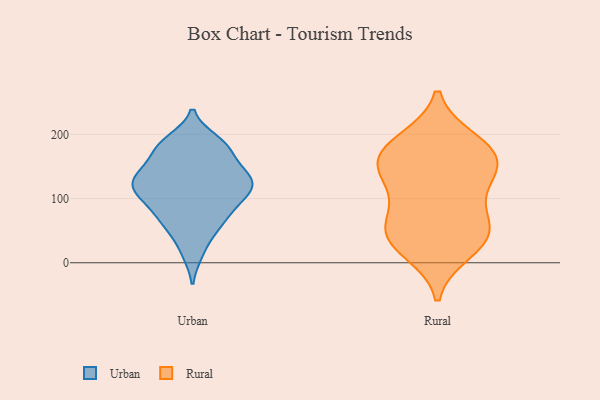
{"axis": {"x": "Satisfaction Score", "y": "Value"}, "legend": ["Rural", "Urban"], "data": [{"x": "", "y": 172, "type": "Urban"}, {"x": "", "y": 122, "type": "Urban"}, {"x": "", "y": 67, "type": "Urban"}, {"x": "", "y": 142, "type": "Urban"}, {"x": "", "y": 191, "type": "Urban"}, {"x": "", "y": 134, "type": "Urban"}, {"x": "", "y": 178, "type": "Urban"}, {"x": "", "y": 15, "type": "Urban"}, {"x": "", "y": 186, "type": "Urban"}, {"x": "", "y": 125, "type": "Urban"}, {"x": "", "y": 98, "type": "Urban"}, {"x": "", "y": 125, "type": "Urban"}, {"x": "", "y": 149, "type": "Urban"}, {"x": "", "y": 95, "type": "Urban"}, {"x": "", "y": 50, "type": "Urban"}, {"x": "", "y": 64, "type": "Urban"}, {"x": "", "y": 96, "type": "Urban"}, {"x": "", "y": 117, "type": "Urban"}, {"x": "", "y": 52, "type": "Rural"}, {"x": "", "y": 149, "type": "Rural"}, {"x": "", "y": 19, "type": "Rural"}, {"x": "", "y": 43, "type": "Rural"}, {"x": "", "y": 189, "type": "Rural"}, {"x": "", "y": 147, "type": "Rural"}, {"x": "", "y": 120, "type": "Rural"}, {"x": "", "y": 92, "type": "Rural"}, {"x": "", "y": 156, "type": "Rural"}, {"x": "", "y": 39, "type": "Rural"}, {"x": "", "y": 51, "type": "Rural"}, {"x": "", "y": 179, "type": "Rural"}, {"x": "", "y": 173, "type": "Rural"}]}